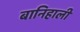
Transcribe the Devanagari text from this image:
बानिहाली